Report on lock hospitals in British Burma
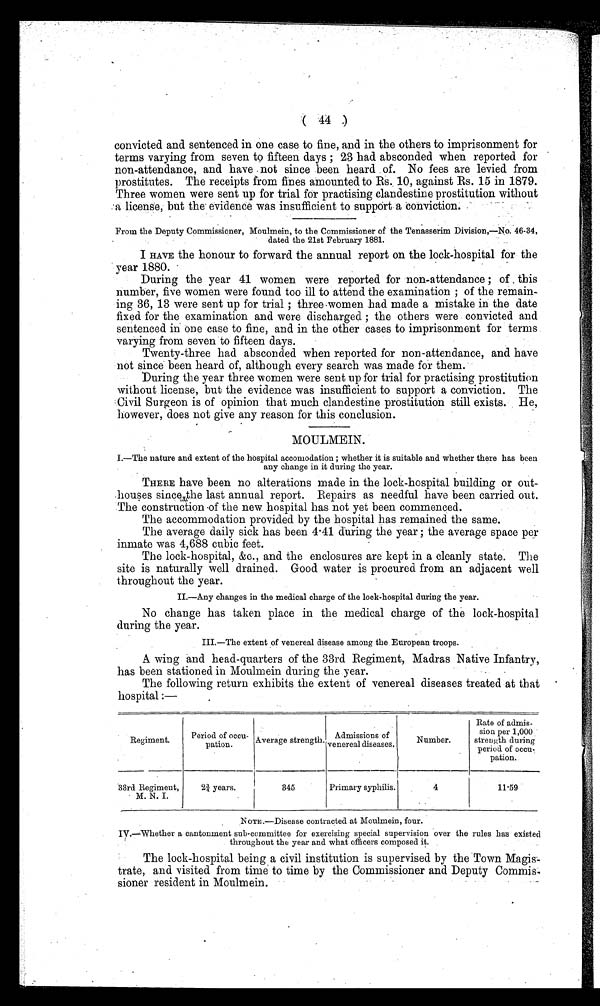
( 44 )
convicted and sentenced in one case to fine, and in the others to imprisonment for
terms varying from seven to fifteen days ; 23 had absconded when reported for
non-attendance, and have - not since been heard of. No fees are levied from
prostitutes. The receipts from fines amounted to Rs.. 10, against Rs. 15 in 1879.
Three women were sent up for trial for practising clandestine prostitution without
a license, but the evidence was insufficient to support a conviction.
From the Deputy Commissioner, Moulmein, to the Commissioner d the Tenasserim Division,—No. 46-34,
dated the 21st February 1881.
I HAVE the honour to forward the annual report on the lock-hospital for the
year 1880.
During the year 41 women were reported for non-attendance ; of . this
number, five women were found too ill to attend the examination ; of the remain
ing 36, 13 were sent up for trial ; three-women had made a mistake in the date
fixed for the examination and were discharged ; the others were convicted and
sentenced in one case to fine, and in the other cases to imprisonment for terms
varying from seven to fifteen days.
Twenty-three had absconded when reported for non-attendance, and have
not since been heard of, although every search was made for them.
During the year three women were sent up for trial for practising prostitution
without license, but, the evidence was insufficient to support a conviction. The
.Civil Surgeon is of opinion that much clandestine prostitution still exists. He,
however, does not give any reason for this conclusion.
MOULMEIN.
I.—The nature and extent of the hospital accomodation ; whether it is suitable and whether there has been
any change in it during the year.
THERE have been no alterations made in the lock-hospital building or out-
louses since the last annual report. Repairs as needful have been carried out.
The construction -of the new hospital has not yet been commenced.
The accommodation provided by the hospital has remained the same.
The average daily sick has been 4 . 41 during the year ; the average space per
inmate was 4,688 cubic feet.
The lock-hospital, &c., and the enclosures are kept in a cleanly state. The
site is naturally well drained. Good water is procured from an adjacent well
throughout the year.
II.—Any changes in the medical charge of the lock-hospital during the year.
No change has taken place in the medical charge of the lock-hospital
during the year.
III.—The extent of venereal disease among the . European troops.
A wing and head-quarters of the 33rd Regiment, Madras Native Infantry,
has been stationed in Moulmein during the year.
The following return exhibits the extent of venereal diseases treated at that
hospital :—
Regiment.
Period of occu -
pation.
Average strength.
Admissions of
venereal diseases.
Number.
Rate of admis-
sion per 1,000
strength during
period of occu -
pation.
33rd Regiment,
M. N. I.
23/4 years.
345
Primary syphilis.
4
11.59
NOTE.—Disease contracted at Moulmein, four.
IV—Whether a cantonment sub-committee for exercising special supervision over the rules has existed
throughout the year and what officers composed it.
'
T The lock-hospital being a civil institution is supervised by the Town Magis
trate, and visited from time to time by the Commissioner and Deputy Comimis
sioner resident in Moulmein.